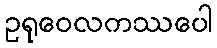
ဥရုဝေလကဿပေါ